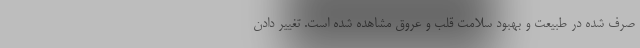
صرف شده در طبیعت و بهبود سلامت قلب و عروق مشاهده شده است. تغییر دادن